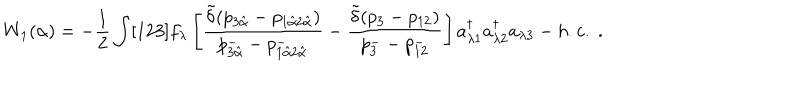
W _ { 1 } ( \alpha ) = - \frac { 1 } { 2 } \int [ 1 2 3 ] f _ { \lambda } \left[ \frac { \tilde { \delta } ( p _ { 3 \hat { \alpha } } - p _ { 1 \hat { \alpha } 2 \hat { \alpha } } ) } { p _ { 3 \hat { \alpha } } ^ { - } - p _ { 1 \hat { \alpha } 2 \hat { \alpha } } ^ { - } } - \frac { \tilde { \delta } ( p _ { 3 } - p _ { 1 2 } ) } { p _ { 3 } ^ { - } - p _ { 1 2 } ^ { - } } \right] a _ { \lambda 1 } ^ { \dagger } a _ { \lambda 2 } ^ { \dagger } a _ { \lambda 3 } - h . c . \; .